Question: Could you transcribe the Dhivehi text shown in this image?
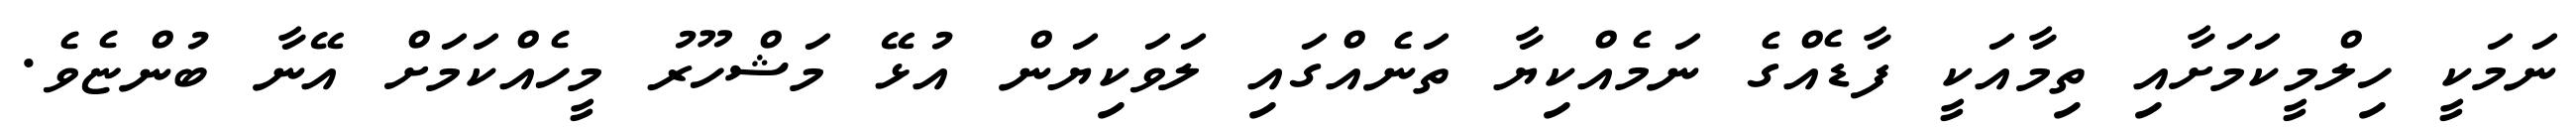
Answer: ނަމަކީ ހިލްމީކަމަށާއި ތިމާއަކީ ފާޑެއްގެ ނަމެއްކިޔާ ތަނެއްގައި ލަވަކިޔަން އުޅޭ މަޝްހޫރު މީހެއްކަމަށް އޭނާ ބުންޏެވެ.